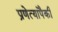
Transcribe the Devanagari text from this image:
प्रणेत्यांपैकी